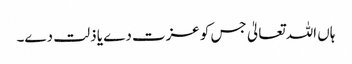
ہاں اللہ تعالیٰ جس کو عزت دے یا ذلت دے۔